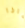
ماذا